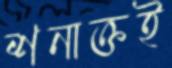
শনাক্তই